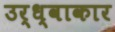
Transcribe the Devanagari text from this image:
उर्ध्वाकार